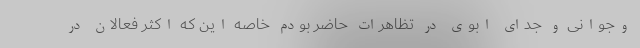
وجوانی و جدای ابوی در تظاهرات حاضر بودم خاصه این که اکثر فعالان در